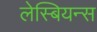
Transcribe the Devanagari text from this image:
लेस्बियन्स